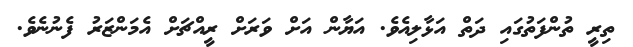
ތިރީ ތުންފަތުގައި ދަތް އަޅާލިއެވެ. އަޔާން އަށް ވަރަށް ރީއްޗަށް އެމަންޒަރު ފެނުނެވެ.